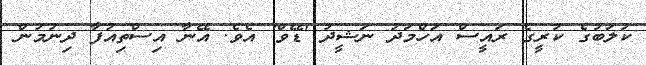
ކުލަބުގެ ކުރީގެ ރައީސް އަހްމަދު ނަޝީދު 'ޑޭވް' އެވެ. އޭނާ އިސްތިއުފާ ދިނުމުން